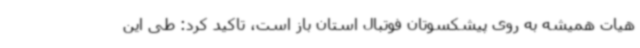
هیات همیشه به روی پیشکسوتان فوتبال استان باز است، تاکید کرد: طی این